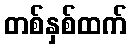
တစ်နှစ်ထက်